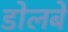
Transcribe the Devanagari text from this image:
डोलबे